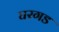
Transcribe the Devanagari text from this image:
घरगड